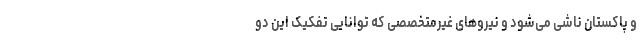
و پاکستان ناشی می‌شود و نیروهای غیرمتخصصی که توانایی تفکیک این دو